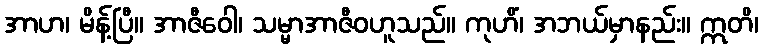
အာဟ၊ မိန့်ပြီ။ အာဇီဝေါ၊ သမ္မာအာဇီဝဟူသည်။ ကုဟိံ၊ အဘယ်မှာနည်း။ ဣတိ၊